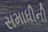
સમાધીની